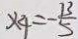
x _ { 4 } = - \frac { 1 3 } { 5 }